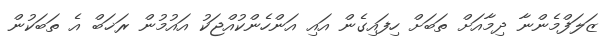
ޒަލަފްމެންނާ ދިމާއަށް ތަބަށް ހިފައިގެން އައި އަންހެންކުއްޖަކު އައުމުން ރަޚަބް އެ ތަބަކުން